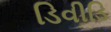
ડિવીડિ